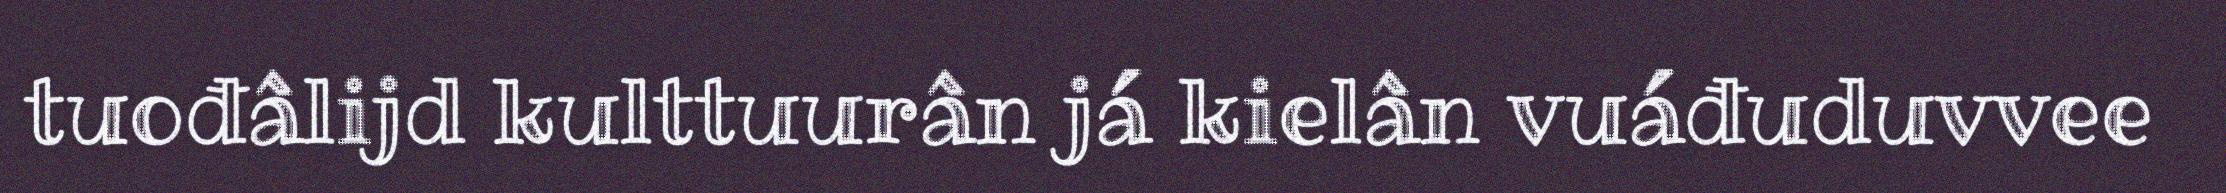
tuođâlijd kulttuurân já kielân vuáđuduvvee